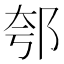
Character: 郀